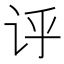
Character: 𫍞